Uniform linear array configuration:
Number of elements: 48
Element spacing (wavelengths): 0.5
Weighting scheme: cosine
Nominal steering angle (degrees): -45
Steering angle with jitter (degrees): -44.93
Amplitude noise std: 0.05
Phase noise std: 0.05

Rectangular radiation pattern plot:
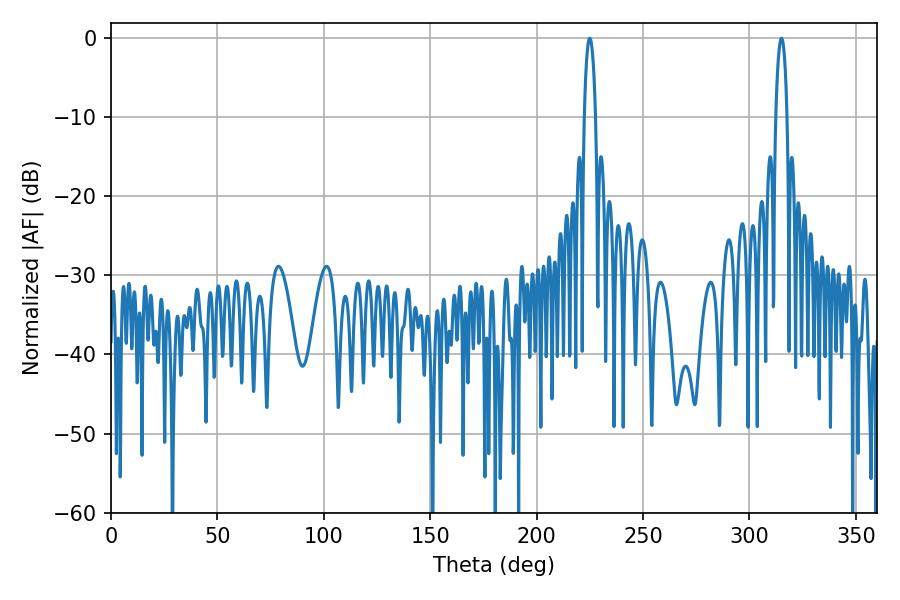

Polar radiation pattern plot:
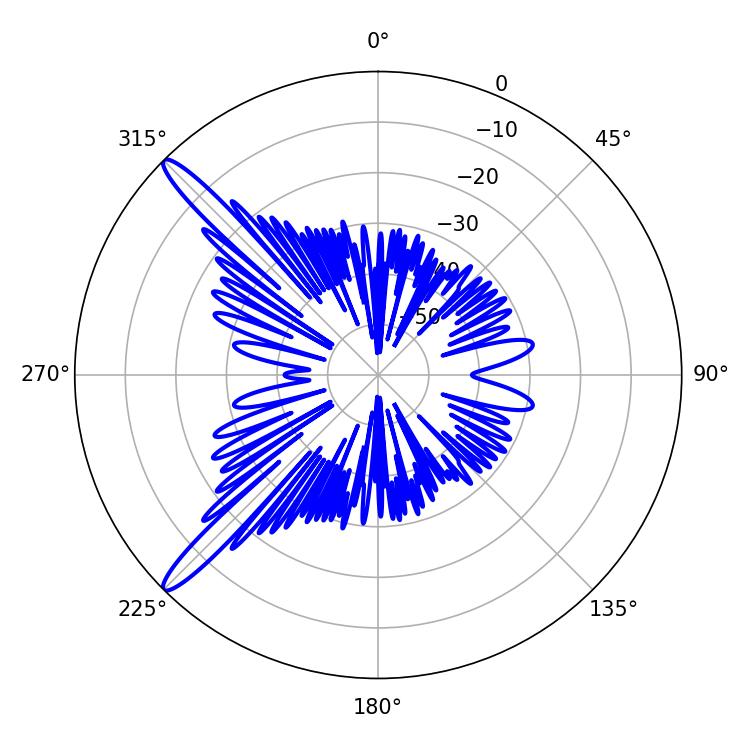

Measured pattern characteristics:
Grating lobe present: FALSE
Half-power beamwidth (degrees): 2.88
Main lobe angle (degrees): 225